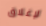
لإغلاق